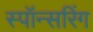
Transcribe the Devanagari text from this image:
स्पॉन्सरिंग